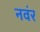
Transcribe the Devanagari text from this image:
नवंर